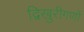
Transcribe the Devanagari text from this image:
द्विखुरीगणों